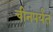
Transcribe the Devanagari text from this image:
चीनपर्यंत